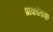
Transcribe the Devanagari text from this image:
प्राक़तिक